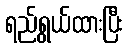
ရည်ရွယ်ထားပြီး